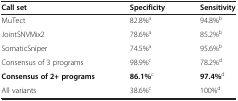
| Call set | Specificity | Sensitivity |
 | --- | --- | --- |
 | MuTect | 82.8%a | 94.8%b |
 | JointSNVMix2 | 78.6%a | 85.2%b |
 | SomaticSniper | 74.5%a | 95.6%b |
 | Consensus of 3 programs | 98.9%c | 78.2%d |
 | Consensus of 2+ programs | 86.1%c | 97.4%d |
 | All variants | 38.6%c | 100%d |